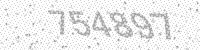
Solution: 754897